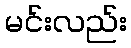
မင်းလည်း